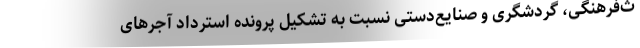
ث‌فرهنگی، گردشگری و صنایع‌دستی نسبت به تشکیل پرونده استرداد آجرهای